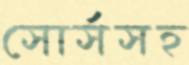
সোর্সসহ